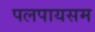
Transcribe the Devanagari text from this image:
पलपायसम